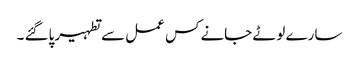
سارے لوٹے جانے کس عمل سے تطہیر پاگئے ۔